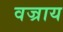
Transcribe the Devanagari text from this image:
वज्राय